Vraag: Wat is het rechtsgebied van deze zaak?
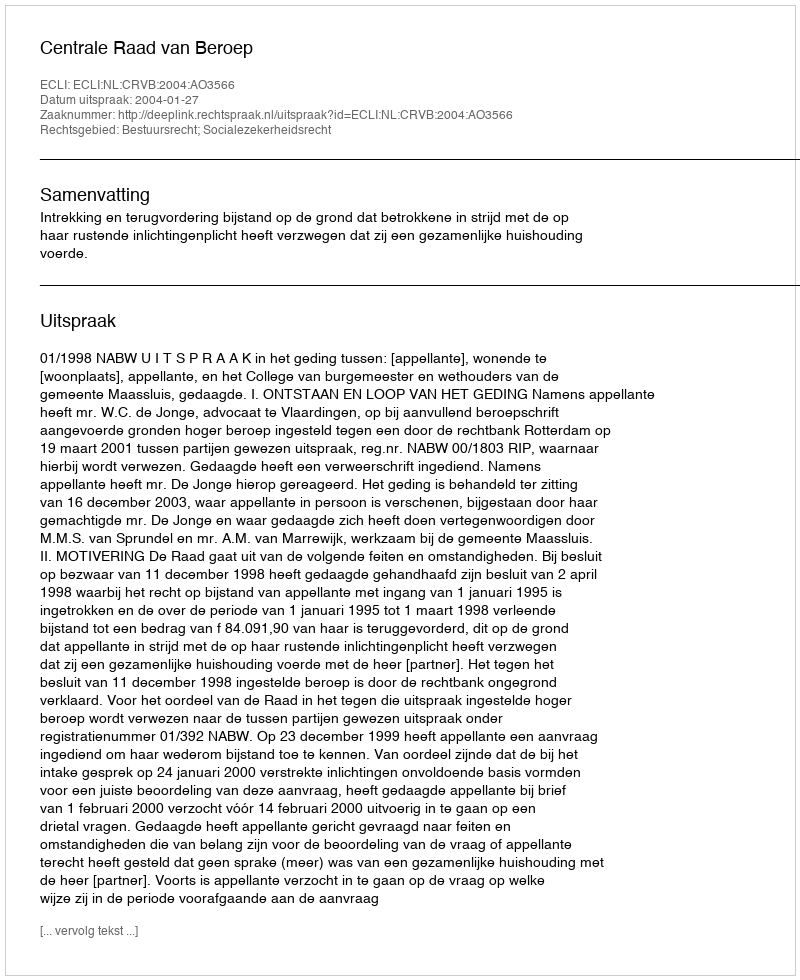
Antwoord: Bestuursrecht; Socialezekerheidsrecht